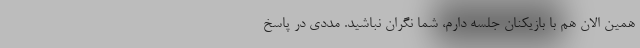
همین الان هم با بازیکنان جلسه دارم، شما نگران نباشید. مددی در پاسخ